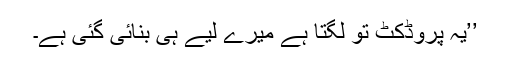
’’یہ پروڈکٹ تو لگتا ہے میرے لیے ہی بنائی گئی ہے۔